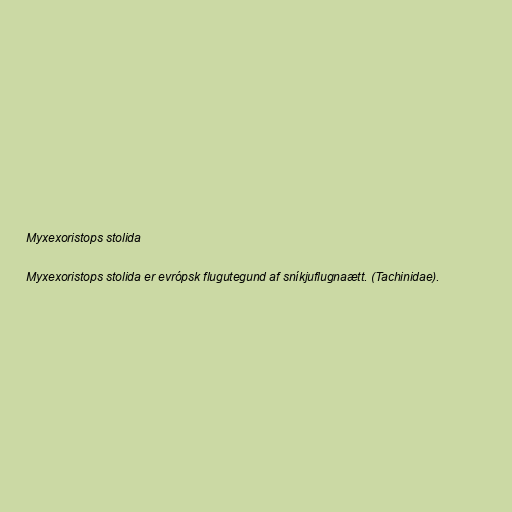
Myxexoristops stolida

Myxexoristops stolida er evrópsk flugutegund af sníkjuflugnaætt. (Tachinidae).